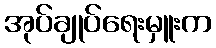
အုပ်ချုပ်ရေးမှူးက